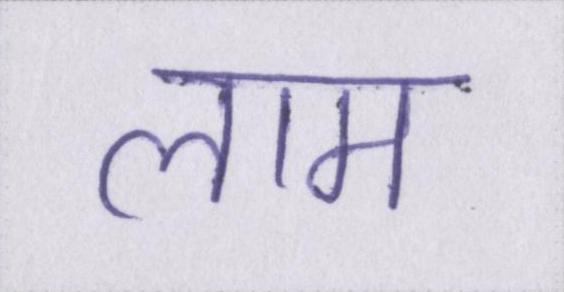
लाम